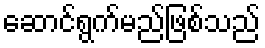
ဆောင်ရွက်မည်ဖြစ်သည်